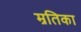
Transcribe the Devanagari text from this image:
म्रतिका